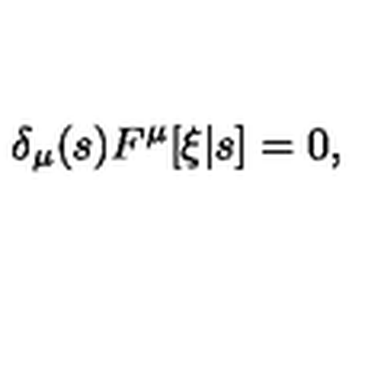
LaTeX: \delta _ { \mu } ( s ) F ^ { \mu } [ \xi | s ] = 0 ,